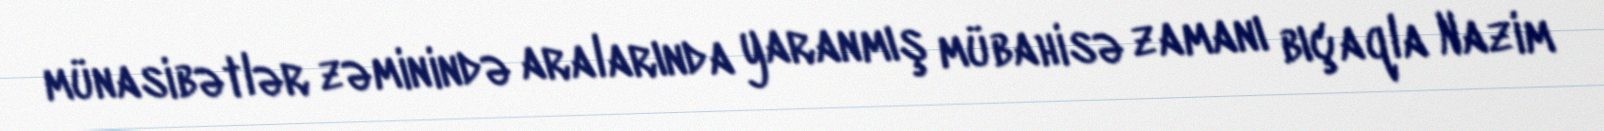
münasibətlər zəminində aralarında yaranmış mübahisə zamanı bıçaqla Nazim